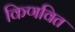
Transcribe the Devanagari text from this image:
किणवित